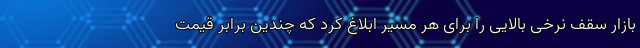
بازار سقف نرخی بالایی را برای هر مسیر ابلاغ کرد که چندین برابر قیمت